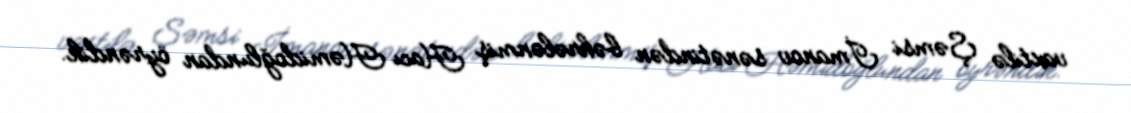
vaxtilə Şəmsi İmanov sənətindən bəhrələnmiş Hacı Həmidoğlundan öyrəndik.